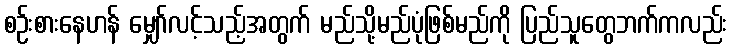
စဉ်းစားနေဟန် မျှော်လင့်သည့်အတွက် မည်သို့မည်ပုံဖြစ်မည်ကို ပြည်သူတွေဘက်ကလည်း